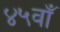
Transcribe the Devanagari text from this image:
४५वाँ